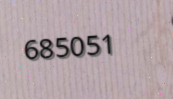
685051